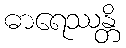
ဓာရေဿန္တိ